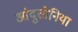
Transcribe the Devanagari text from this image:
आंदुतोनिया